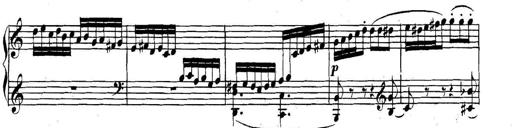
Title: Collected Piano Sonatas
Composer: Muzio Clementi